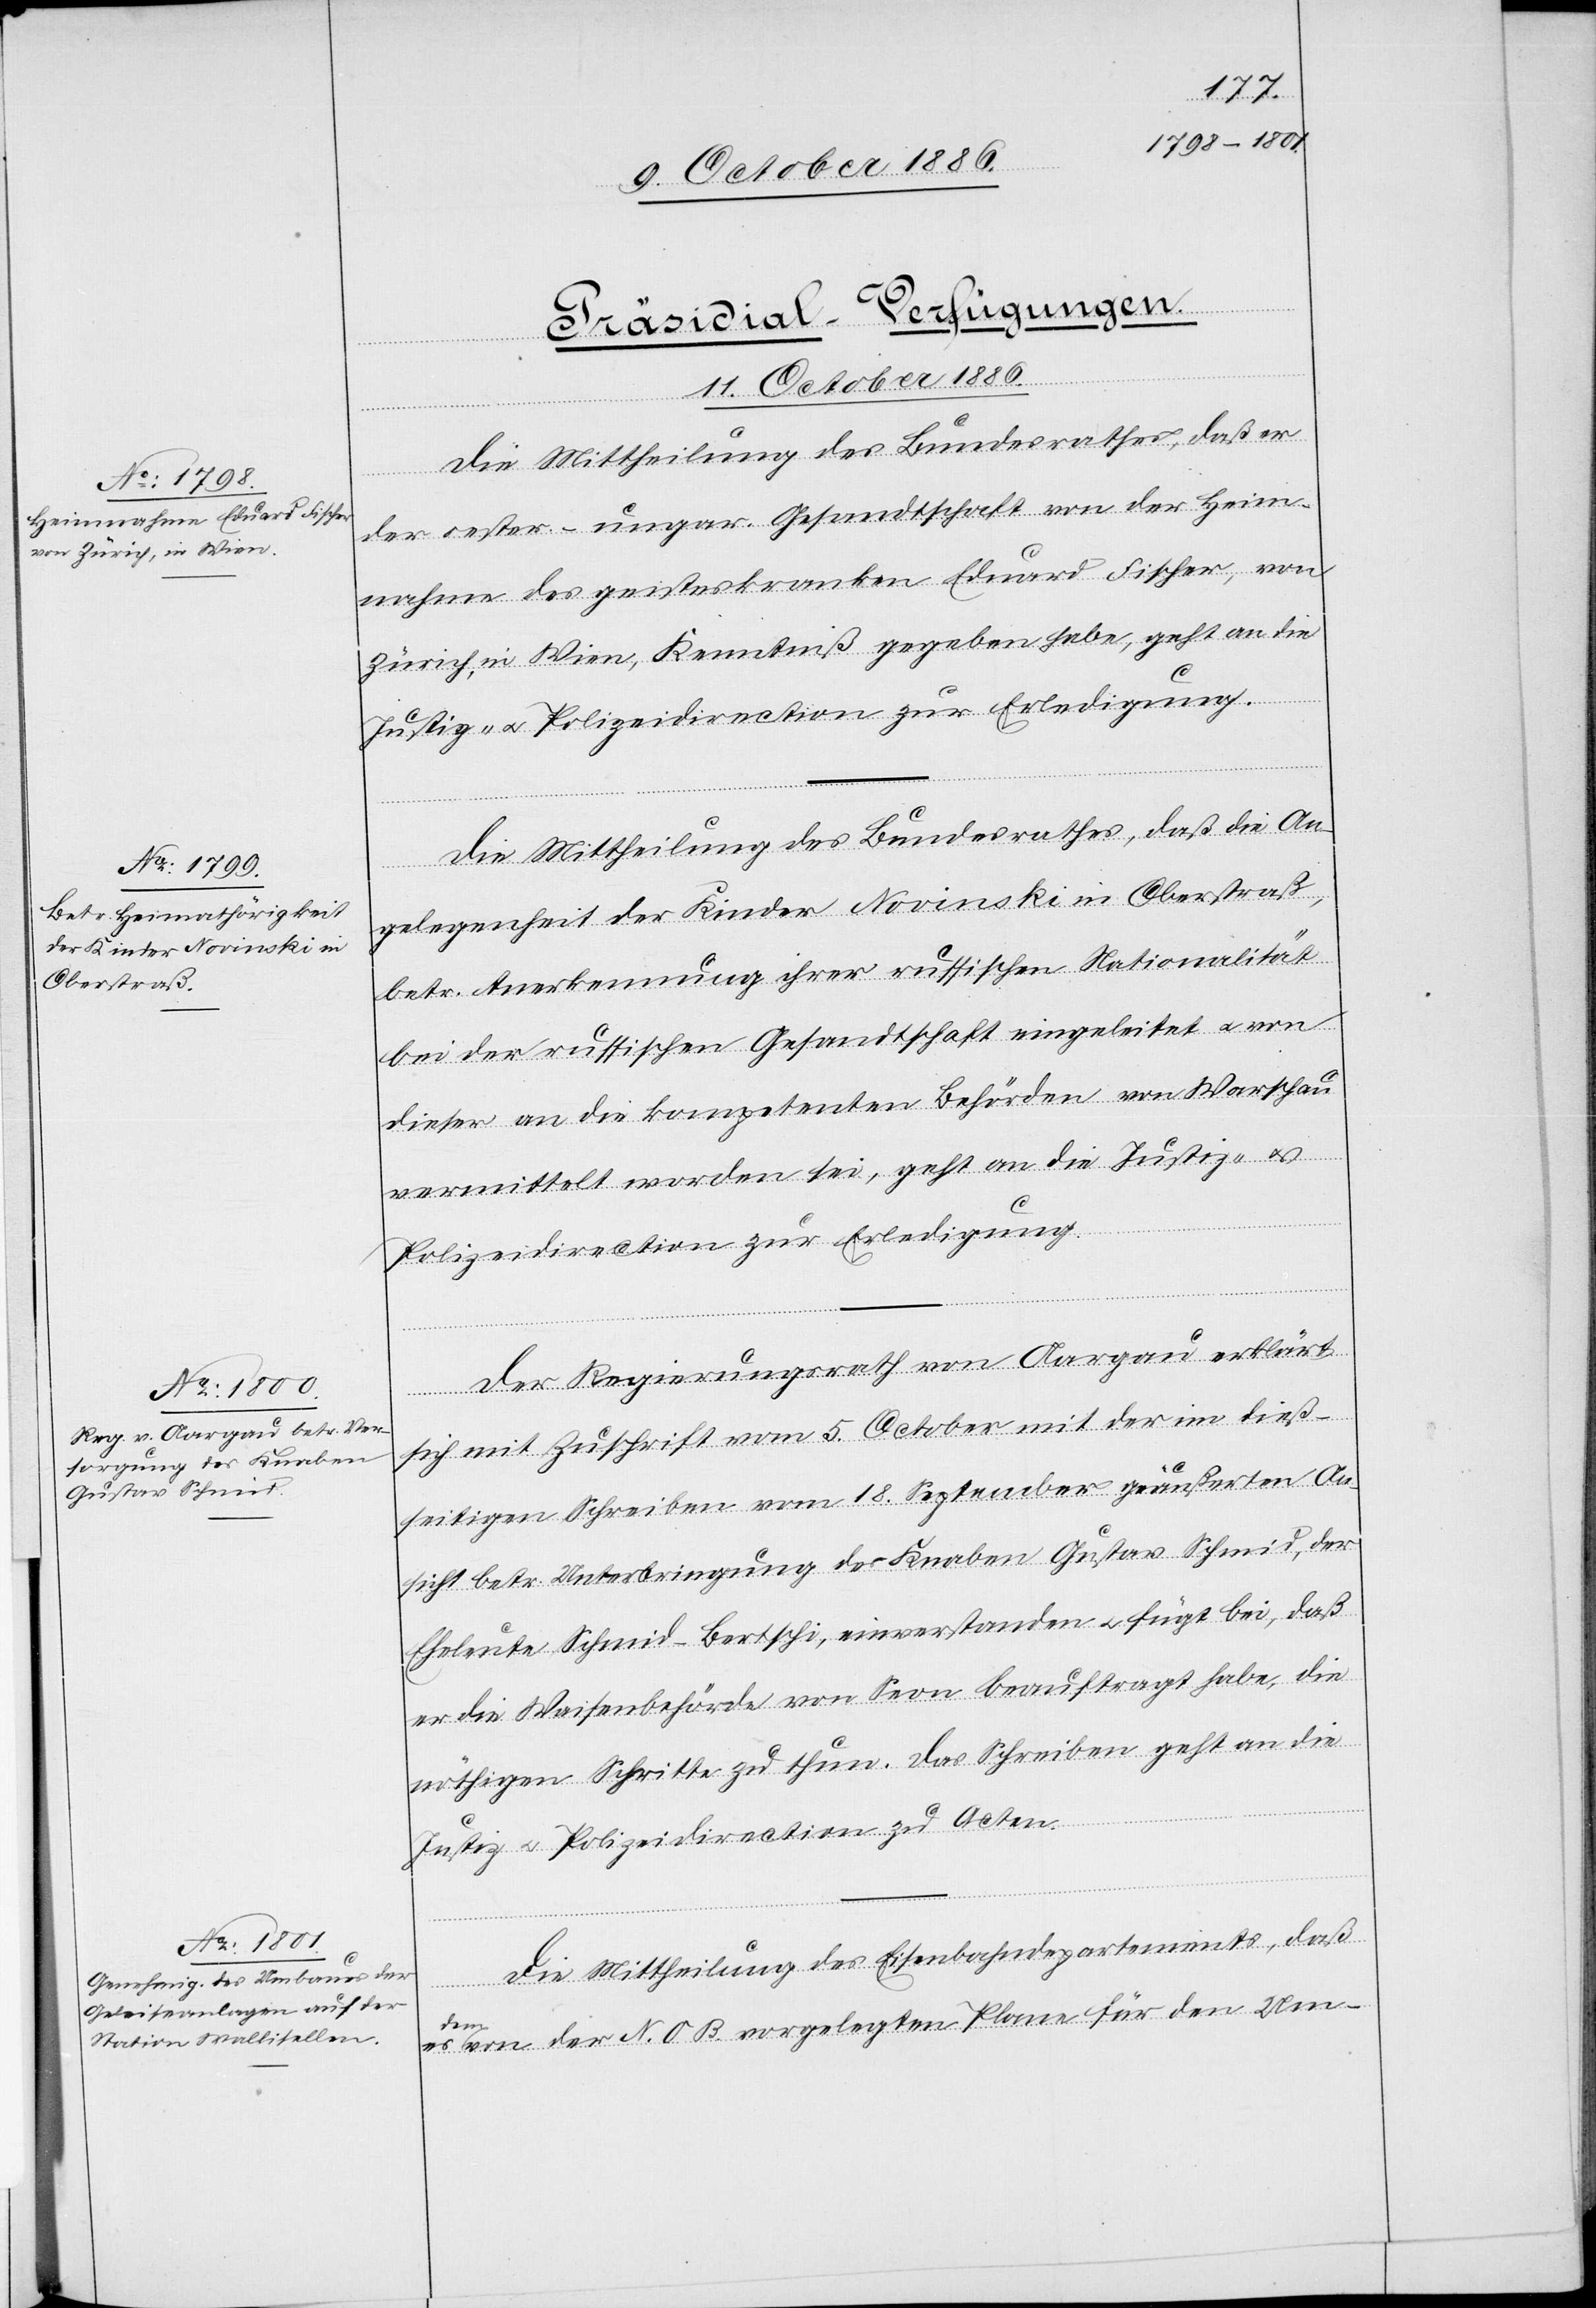
[Präsidial-Verfügungen.
11. October 1886.]
Die Mittheilung des Bundesrathes, daß er
der oester.-ungar. Gesandtschaft von der Heim¬
nahme des geisteskranken Eduard Fischer, von
Zürich, in Wien, Kenntniß gegeben habe, geht an die
Justiz- & Polizeidirection zur Erledigung.
Die Mittheilung des Bundesrathes, daß die An¬
gelegenheit der Kinder Novinski in Oberstraß,
betr. Anerkennung ihrer russischen Nationalität
bei der russischen Gesandtschaft eingeleitet & von
dieser an die kompetenten Behörden von Warschau
vermittelt worden sei, geht an die Justiz- &
Polizeidirection zur Erledigung.
Der Regierungsrath von Aargau erklärt
sich mit Zuschrift vom 5. October mit der im dieß¬
seitigen Schreiben vom 18. September geäußerten An¬
sicht betr. Unterbringung des Knaben Gustav Schmid, der
Eheleute Schmid-Bertschi, einverstanden & fügt bei, daß
er die Waisenbehörde von Seon beauftragt habe, die
nöthigen Schritte zu thun. Das Schreiben geht an die
Justiz- & Polizeidirection zu Acten.
Die Mittheilung des Eisenbahndepartements, daß
es
dem von der N. O. B. vorgelegten Plane für den Um-